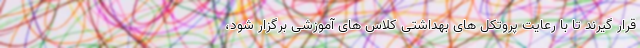
قرار گیرند تا با رعایت پروتکل های بهداشتی کلاس های آموزشی برگزار شود،